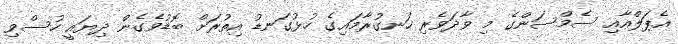
އެޕަލްއާއި ސެމްސަންގެ މި ވާދަވެރި ހަނގުރާމައިގެ ހުޅުގަނޑު އިތުރަށް ބޮޑުވެގެން ދިޔައީ ހުސްވި